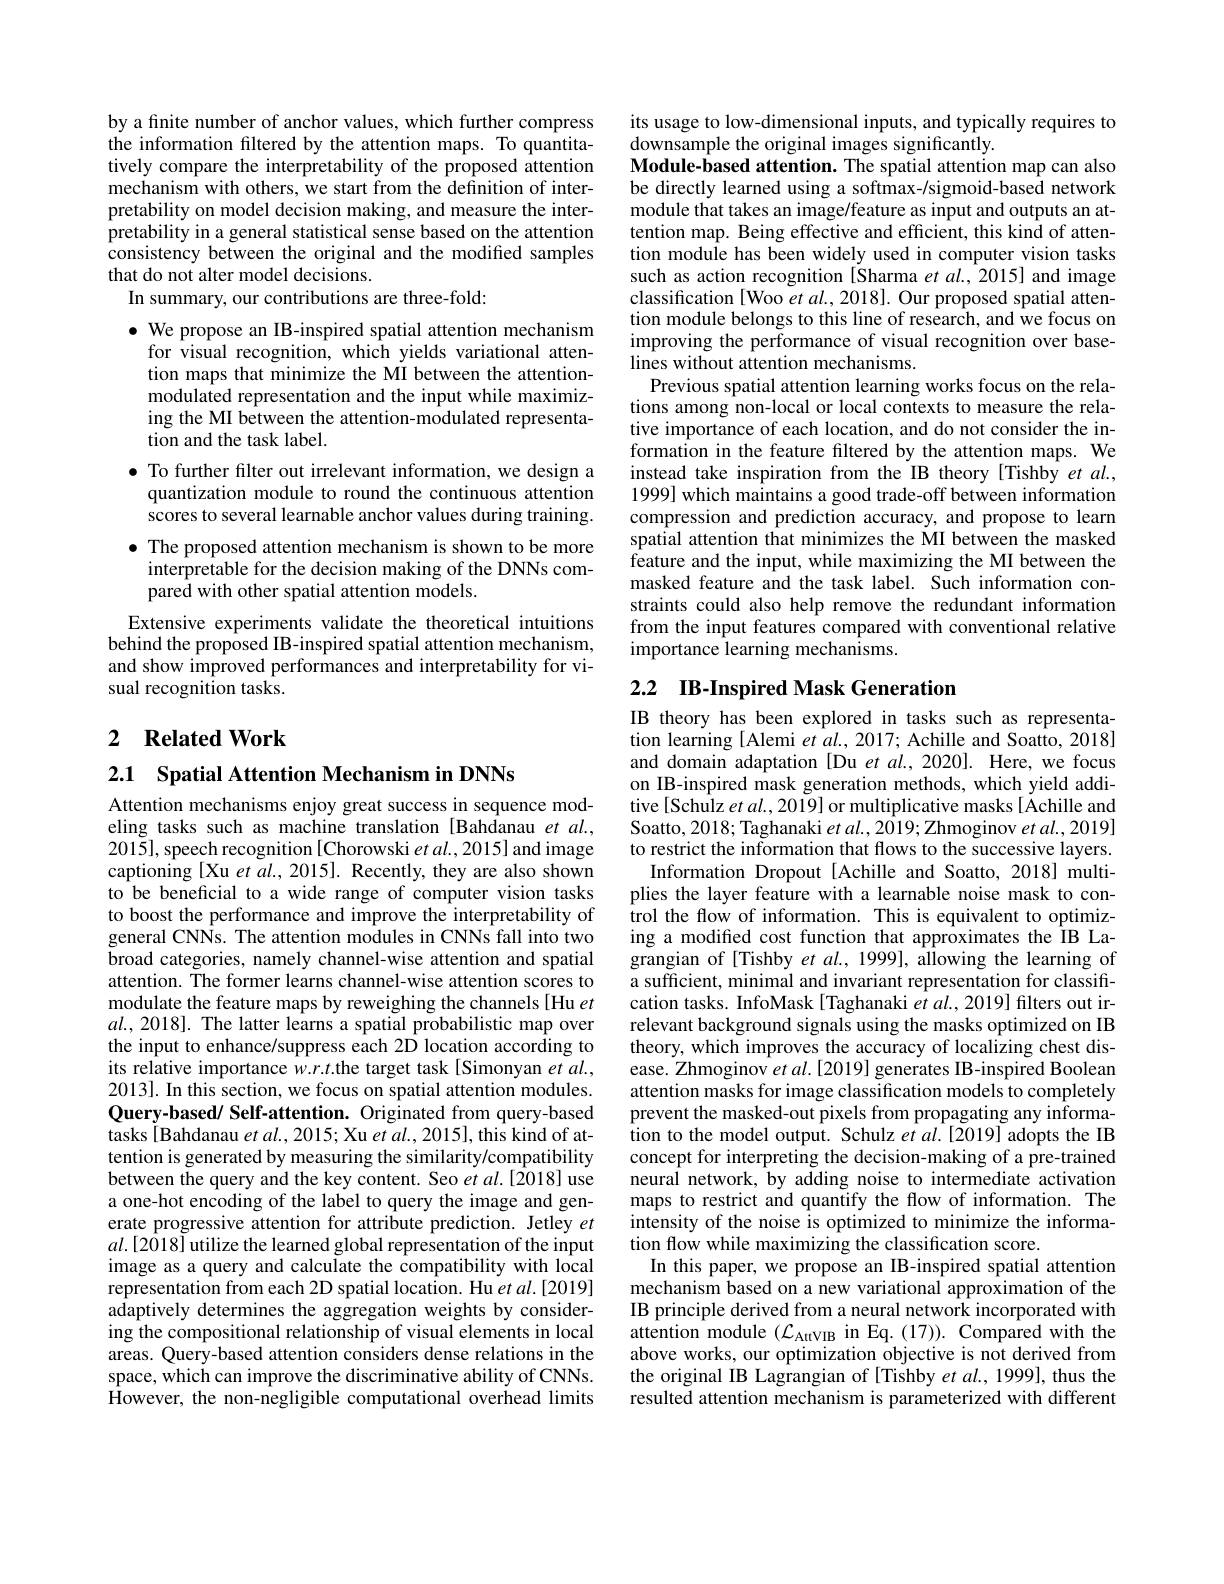
by a finite number of anchor values, which further compress the information filtered by the attention maps. To quantitatively compare the interpretability of the proposed attention mechanism with others, we start from the definition of interpretability on model decision making, and measure the interpretability in a general statistical sense based on the attention consistency between the original and the modified samples that do not alter model decisions.
In summary, our contributions are three-fold:

$\bullet$ We propose an IB-inspired spatial attention mechanism
for visual recognition, which yields variational attention maps that minimize the MI between the attentionmodulated representation and the input while maximizing the MI between the attention-modulated representation and the task label.
$\bullet$ To further filter out irrelevant information, we design a quantization module to round the continuous attention scores to several learnable anchor values during training.
$\bullet$ The proposed attention mechanism is shown to be more
interpretable for the decision making of the DNNs com-
pared with other spatial attention models.
Extensive experiments validate the theoretical intuitions behind the proposed IB-inspired spatial attention mechanism, and show improved performances and interpretability for visual recognition tasks.

## 2 $\textbf{Related Work}$

2.1 Spatial Attention Mechanism in DNNs
Attention mechanisms enjoy great success in sequence modeling tasks such as machine translation [Bahdanau et al., 2015],speech recognition[Chorowski et al., 2015] and image captioning [Xu $et\textit{al. , 2015}] .$ Recently, they are also shown to be beneficial to a wide range of computer vision tasks to boost the performance and improve the interpretability of general CNNs. The attention modules in CNNs fall into two broad categories, namely channel-wise attention and spatial attention. The former learns channel-wise attention scores to modulate the feature maps by reweighing the channels [Hu et $al.,2018].$ The latter learns a spatial probabilistic map over the input to enhance/suppress each 2D location according to its relative importance $w.r.t.$the target task[Simonyan et $al.$, 2013]. In this section, we focus on spatial attention modules. Query-based/ Self-attention. Originated from query-based tasks[ Bahdanau et $al.,2015;$ Xu et al., 2015], this kind of attention is generated by measuring the similarity/compatibility between the query and the key content. Seo et al.[2018] use a one-hot encoding of the label to query the image and generate progressive attention for attribute prediction. Jetley $et$ $al.[2018]$ utilize the learned global representation of the input image as a query and calculate the compatibility with local representation from each 2D spatial location. Hu et al.[2019] adaptively determines the aggregation weights by considering the compositional relationship of visual elements in local areas. Query-based attention considers dense relations in the space, which can improve the discriminative ability of CNNs. However, the non-negligible computational overhead limits

its usage to low-dimensional inputs, and typically requires to
downsample the original images significantly.
Module-based attention. The spatial attention map can also be directly learned using a softmax-/sigmoid-based network module that takes an image/feature as input and outputs an attention map. Being effective and efficient, this kind of attention module has been widely used in computer vision tasks such as action recognition [Sharma et al.,2015] and image classification [Woo et $al.,2018].$ Our proposed spatial attention module belongs to this line of research, and we focus on improving the performance of visual recognition over baselines without attention mechanisms.
Previous spatial attention learning works focus on the relations among non-local or local contexts to measure the relative importance of each location, and do not consider the information in the feature filtered by the attention maps. We instead take inspiration from the IB theory [Tishby et al., 1999] which maintains a good trade-off between information compression and prediction accuracy, and propose to learn spatial attention that minimizes the MI between the masked feature and the input, while maximizing the MI between the masked feature and the task label. Such information constraints could also help remove the redundant information from the input features compared with conventional relative importance learning mechanisms.

## 2.2 IB-Inspired Mask Generation

IB theory has been explored in tasks such as representation learning [Alemi et al., 2017; Achille and Soatto, 2018] and domain adaptation [Du et al., 2020]. Here, we focus on IB-inspired mask generation methods, which yield additive[Schulz et al., 2019] or multiplicative masks[ Achille and Soatto, 2018; Taghanaki $etal.,2019;$Zhmoginov et al., 2019] to restrict the information that flows to the successive layers.
Information Dropout [Achille and Soatto, 2018] multiplies the layer feature with a learnable noise mask to control the flow of information. This is equivalent to optimizing a modifed cost function that approximates the ÎB Lagrangian of [Tishby et al., 1999], allowing the learning of a sufficient, minimal and invariant representation for classification tasks. InfoMask[Taghanaki et al., 2019] filters out irrelevant background signals using the masks optimized on IB theory, which improves the accuracy of localizing chest disease. Zhmoginov et $al.[2019]$ generates IB-inspired Boolean attention masks for image classification models to completely prevent the masked-out pixels from propagating any information to the model output. Schulz et al.[2019] adopts the IB concept for interpreting the decision-making of a pre-trained neural network, by adding noise to intermediate activation maps to restrict and quantify the flow of information. The intensity of the noise is optimized to minimize the information flow while maximizing the classification score.
In this paper, we propose an IB-inspired spatial attention mechanism based on a new variational approximation of the IB principle derived from a neural network incorporated with attention module $(\mathcal{L}_{\mathrm{AttVIB}}$ in Eq.(17)). Compared with the above works, our optimization objective is not derived from the original IB Lagrangian of [Tishby et al., 1999], thus the resulted attention mechanism is parameterized with different